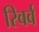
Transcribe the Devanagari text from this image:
रिवर्व